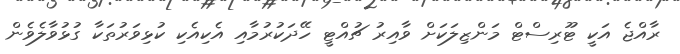
ރާއްޖެ އަކީ ޓޫރިސްޓް މަންޒިލަކަށް ވާއިރު ޗުއްޓީ ހޭދަކުރުމާއި އެކިއެކި ކުޅިވަރުތަކާ ގުޅުވާލެވެން